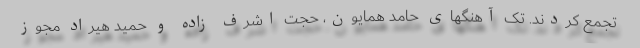
تجمع کردند. تک آهنگهای حامد همایون، حجت اشرف زاده و حمید هیراد مجوز